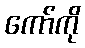
ကော်ကို